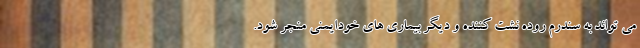
می تواند به سندرم روده نشت کننده و دیگر بیماری های خودایمنی منجر شود.